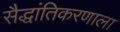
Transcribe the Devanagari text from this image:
सैद्धांतिकरणाला